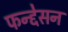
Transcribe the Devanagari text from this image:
फन्द्देसन